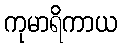
ကုမာရိကာယ